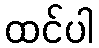
ထင်ပါ